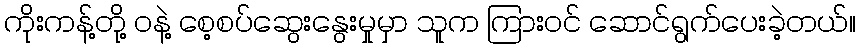
ကိုးကန့်တို့ ဝနဲ့ စေ့စပ်ဆွေးနွေးမှုမှာ သူက ကြားဝင် ဆောင်ရွက်ပေးခဲ့တယ်။